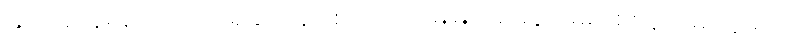
သိပ်အာရုံမစိုက်ဟု သိရှိနိုင်ရန်ဖြစ်သည် မြေမြုပ်မိုင်းနင်းမိ၍ စစ်မှုထမ်းသူများ